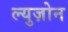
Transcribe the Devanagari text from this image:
ल्युज़ोन